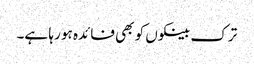
ترک بینکوں کو بھی فائدہ ہو رہا ہے۔